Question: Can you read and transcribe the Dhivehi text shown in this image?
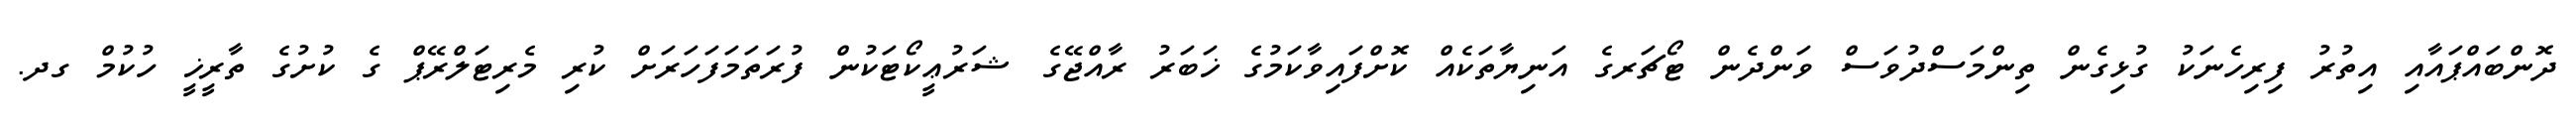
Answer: ދޮންބައްޕައާއި އިތުރު ފިރިހެނަކު ގުޅިގެން ތިންމަސްދުވަސް ވަންދެން ޓޯޗަރގެ އަނިޔާތަކެއް ކޮށްފައިވާކަމުގެ ޚަބަރު ރާއްޖޭގެ ޝަރުޢީކޯޓަކުން ފުރަތަމަފަހަރަށް ކުރި މެރިޓަލްރޭޕް ގެ ކުށުގެ ތާރީޚީ ހުކުމް ގދ.